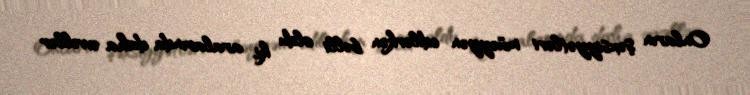
Onların şəxsiyyətləri müəyyən edilərkən bəlli oldu ki, aralarında daha əvvəllər